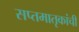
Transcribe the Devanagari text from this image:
सप्तमातृकांची